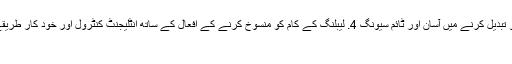
مثلث کا استحکام؛ مختلف اشیاء کو تبدیل کرنے میں آسان اور ٹائم سیونگ 4. لیبلنگ کے کام کو منسوخ کرنے کے افعال کے ساتھ انٹلیجنٹ کنٹرول اور خود کار طریقے سے فوٹو الیکٹرک ٹریکنگ…
آٹو چھوٹی بوتل گلو لیبلنگ مشین۔